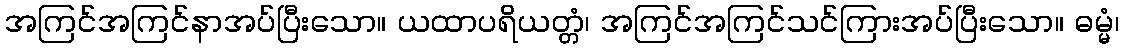
အကြင်အကြင်နာအပ်ပြီးသော။ ယထာပရိယတ္တံ၊ အကြင်အကြင်သင်ကြားအပ်ပြီးသော။ ဓမ္မံ၊